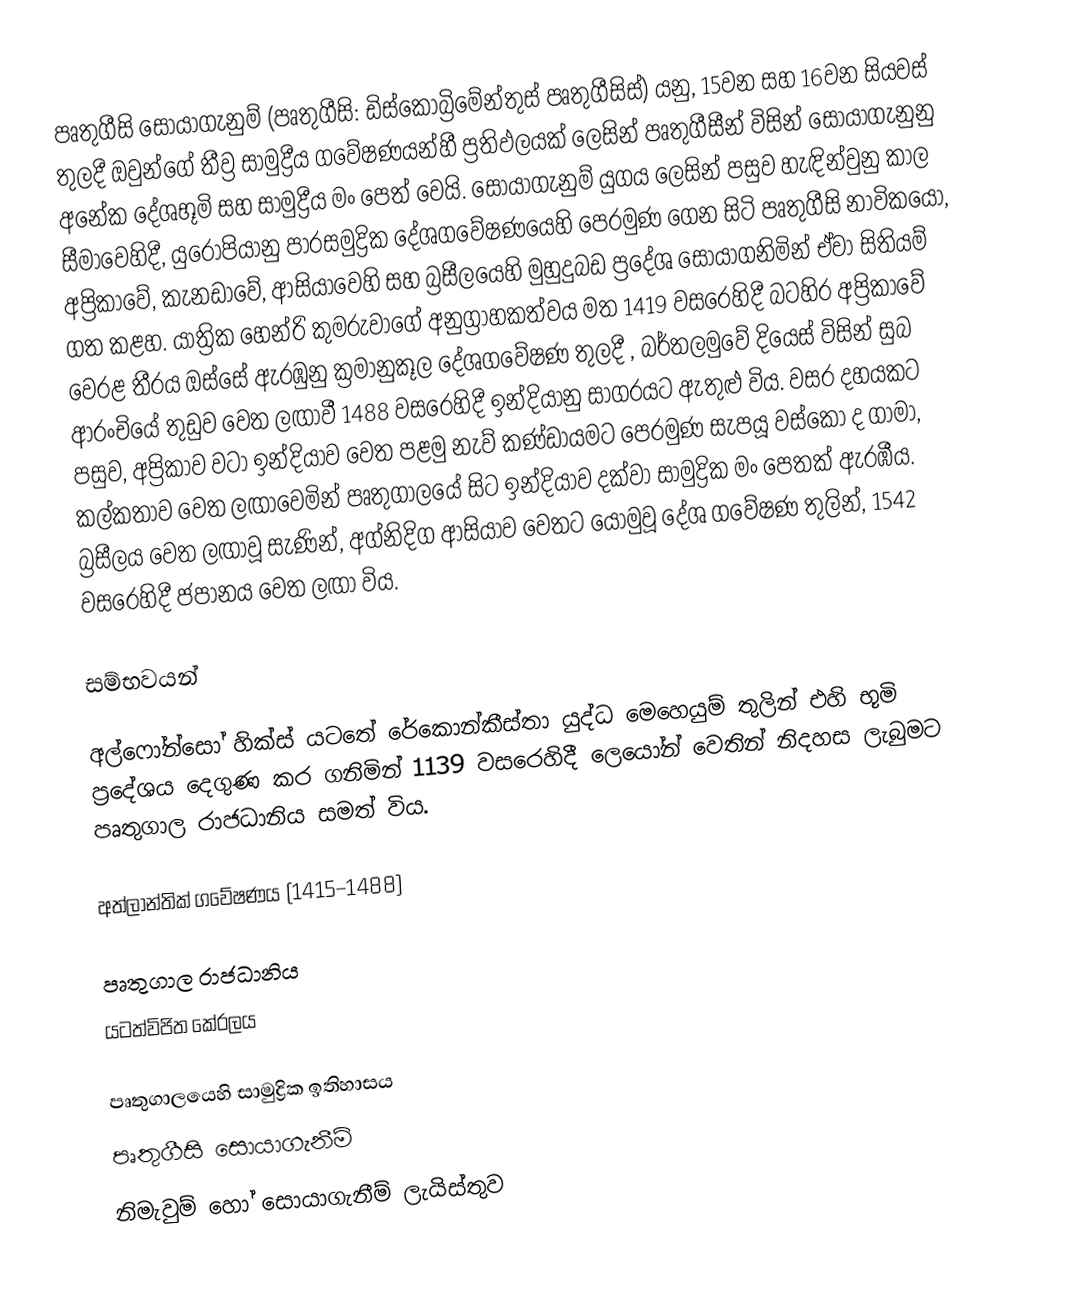
පෘතුගීසි සොයාගැනුම් (පෘතුගීසි: ඩිස්කෝබ්‍රිමේන්තුස් පෘතුගීසිස්) යනු, 15වන සහ 16වන සියවස් තුලදී ඔවුන්ගේ තීව්‍ර සාමුද්‍රීය ගවේෂණයන්හී ප්‍රතිඵලයක් ලෙසින්  පෘතුගීසීන් විසින් සොයාගැනුනු අනේක දේශභූමි සහ සාමුද්‍රීය මං පෙත් වෙයි. සොයාගැනුම් යුගය ලෙසින් පසුව හැඳින්වුනු කාල සීමාවෙහිදී, යුරෝපියානු පාරසමුද්‍රික දේශගවේෂණයෙහි පෙරමුණ ගෙන සිටි පෘතුගීසි නාවිකයෝ, අප්‍රිකාවේ, කැනඩාවේ, ආසියාවෙහි සහ බ්‍රසීලයෙහි මුහුදුබඩ ප්‍රදේශ සොයාගනිමින් ඒවා සිතියම් ගත කළහ. යාත්‍රික හෙන්රි කුමරුවාගේ අනුග්‍රාහකත්වය මත 1419 වසරෙහිදී බටහිර අප්‍රිකාවේ වෙරළ තීරය ඔස්සේ ඇරඹුනු ක්‍රමානුකූල දේශගවේෂණ තුලදී , බර්තලමුවේ දියෙස් විසින්  සුබ ආරංචියේ තුඩුව වෙත ලඟාවී 1488 වසරෙහිදී ඉන්දියානු සාගරයට ඇතුළු විය. වසර දහයකට පසුව, අප්‍රිකාව වටා ඉන්දියාව වෙත පළමු නැව් කණ්ඩායමට පෙරමුණ සැපයූ වස්කෝ ද ගාමා, කල්කතාව වෙත ලඟාවෙමින් පෘතුගාලයේ සිට ඉන්දියාව දක්වා සාමුද්‍රික මං පෙතක් ඇරඹීය. බ්‍රසීලය වෙත ලඟාවූ සැණින්, අග්නිදිග ආසියාව වෙතට යොමුවූ දේශ ගවේෂණ තුලින්, 1542 වසරෙහිදී ජපානය වෙත ලඟා විය.

සම්භවයන්

අල්ෆෝන්සෝ හික්ස් යටතේ රේකොන්කීස්තා යුද්ධ මෙහෙයුම් තුලින් එහි භූමි ප්‍රදේශය දෙගුණ කර ගනිමින් 1139 වසරෙහිදී    ලෙයෝන් වෙතින් නිදහස ලැබුමට පෘතුගාල රාජධානිය සමත් විය.

අත්ලාන්තික් ගවේෂණය (1415–1488)

පෘතුගාල රාජධානිය
යටත්විජිත කේරලය

පෘතුගාලයෙහි සාමුද්‍රික ඉතිහාසය
පෘතුගීසි සොයාගැනීම්
නිමැවුම් හෝ සොයාගැනීම් ලැයිස්තුව